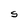
Character: S